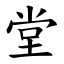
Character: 堂